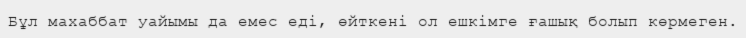
Бұл махаббат уайымы да емес еді, өйткені ол ешкімге ғашық болып көрмеген.